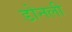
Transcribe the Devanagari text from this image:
डोनली